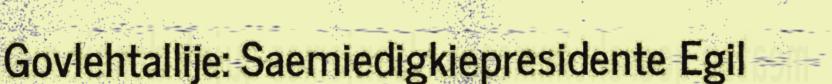
Govlehtallije: Saemiedigkiepresidente Egil